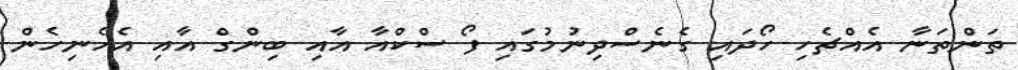
ތަންތަނާ އެއްޗެހި ހޯދައި ގެނެސްދިނުމުގައި ފޯ ސްކްއާ އާއި ބިންގް އާއި އެހެނިހެން